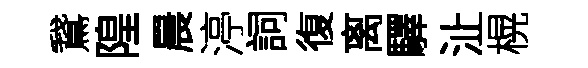
鵞隍晨渟詞復离驛沚榥